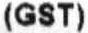
(GST)